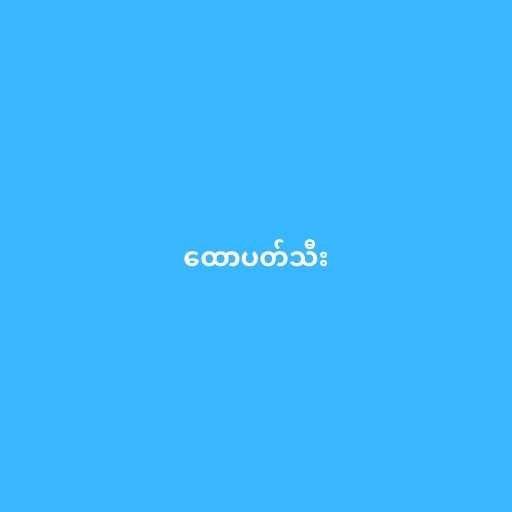
ထောပတ်သီး